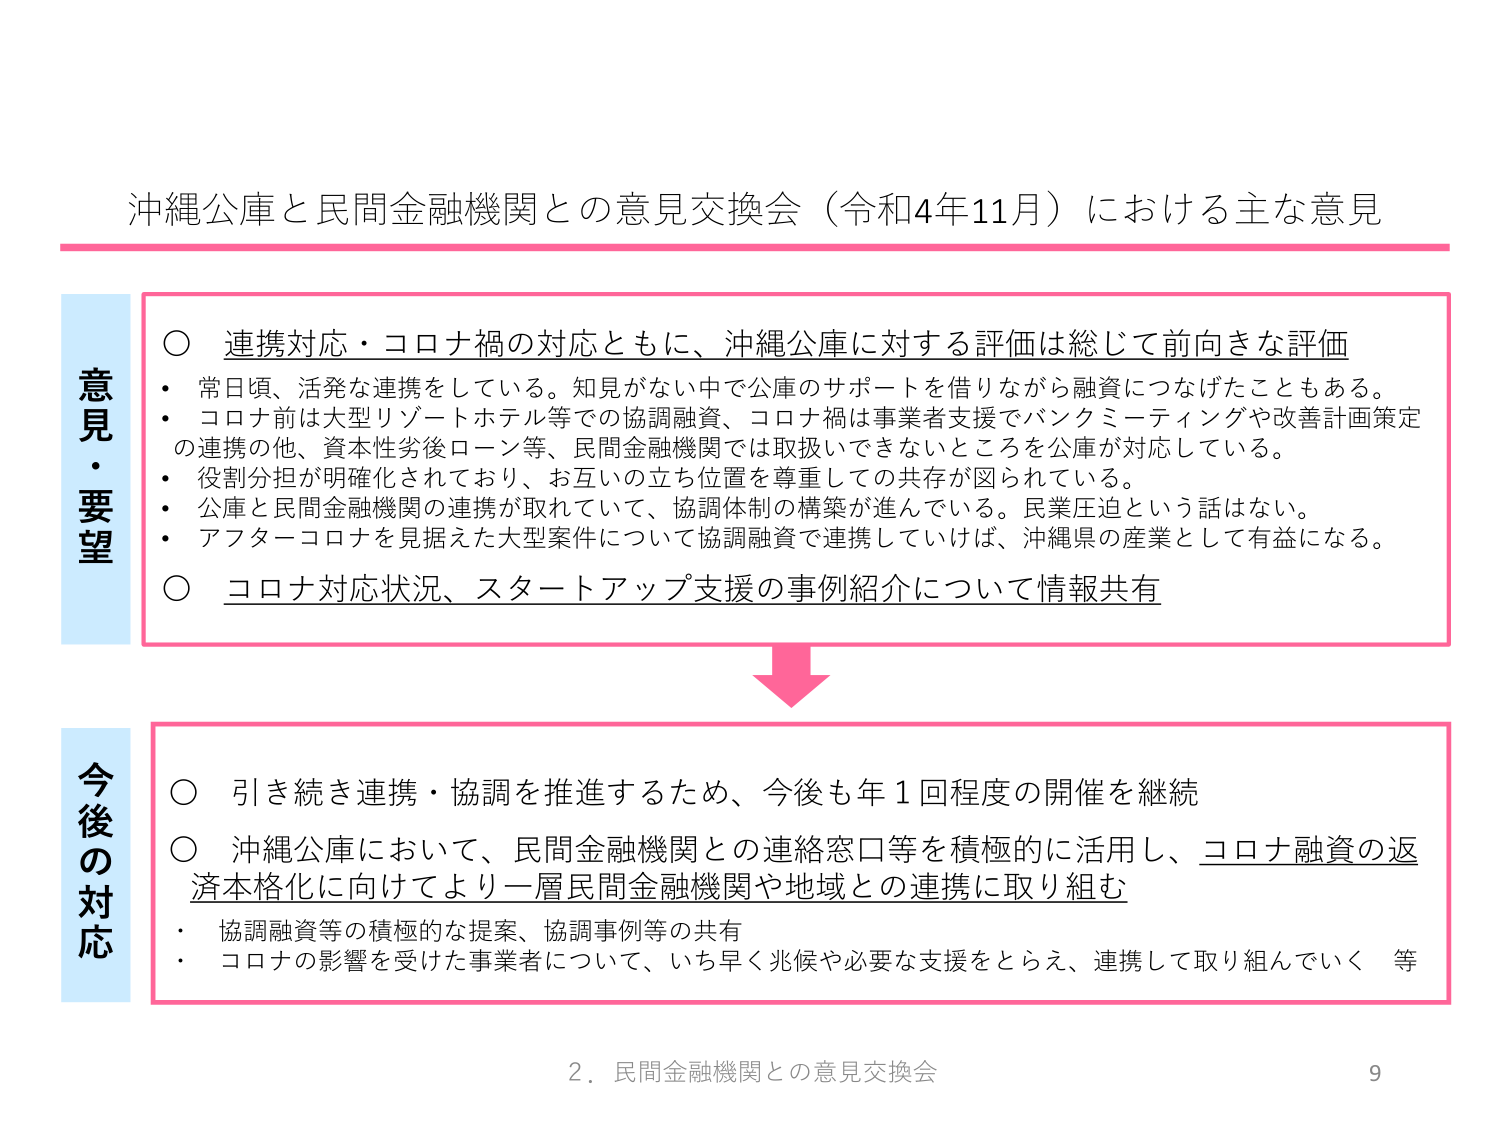
沖縄公庫と民間金融機関との意見交換会（令和4年11月）における主な意見

意見・要望
○ 連携対応・コロナ禍の対応ともに、沖縄公庫に対する評価は総じて前向きな評価
・ 常日頃、活発な連携をしている。知見がない中で公庫のサポートを借りながら融資につなげたこともある。
・ コロナ前は大型リゾートホテル等での協調融資、コロナ禍は事業者支援でバンクミーティングや改善計画策定の連携の他、資本性劣後ローン等、民間金融機関では取扱いできないところを公庫が対応している。
・ 役割分担が明確化されており、お互いの立場位置を尊重しての共存が図られている。
・ 公庫と民間金融機関の連携が取れていて、協調体制の構築が進んでいる。民業圧迫という話はない。
・ アフターコロナを見据えた大型案件について協調融資で連携していけば、沖縄県の産業として有益になる。
○ コロナ対応状況、スタートアップ支援の事例紹介について情報共有

今後の対応
○ 引き続き連携・協調を推進するため、今後も年1回程度の開催を継続
○ 沖縄公庫において、民間金融機関との連絡窓口等を積極的に活用し、コロナ融資の返済本格化に向けてより一層民間金融機関や地域との連携に取り組む
・ 協調融資等の積極的な提案、協調事例等の共有
・ コロナの影響を受けた事業者について、いち早く兆候や必要な支援をとらえ、連携して取り組んでいく 等

2. 民間金融機関との意見交換会 9